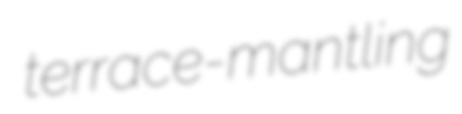
terrace-mantling